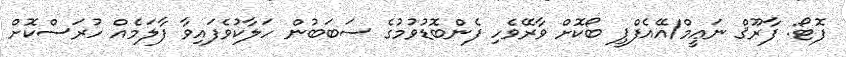
ފޮޓޯ: ފާރޫޤް ނަޢީމް/އޭއެފްޕީ ބޯކޮށް ވާރޭވެހި ފެންބޮޑުވުމުގެ ސަބަބުން ހަލާކުވެފައިވާ ފާލަމެއް ހުރަސްކޮށް